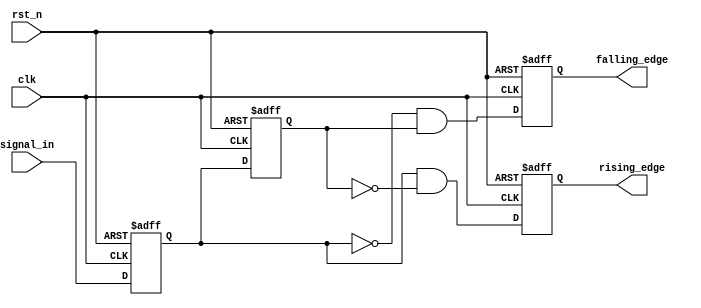
module glitch_free_edge_detector (
    input wire clk,           // Clock signal
    input wire rst_n,        // Active low reset
    input wire signal_in,     // Input signal to be monitored
    output reg rising_edge,   // Output signal for rising edge detection
    output reg falling_edge   // Output signal for falling edge detection
);

    // Memory blocks to hold current and previous states
    reg current_state;
    reg previous_state;

    // Synchronous process to capture input signal and detect edges
    always @(posedge clk or negedge rst_n) begin
        if (!rst_n) begin
            // Reset the state variables and outputs
            current_state <= 1'b0;
            previous_state <= 1'b0;
            rising_edge <= 1'b0;
            falling_edge <= 1'b0;
        end else begin
            // Update previous state to current state
            previous_state <= current_state;
            // Capture current state of the input signal
            current_state <= signal_in;

            // Detect rising and falling edges
            rising_edge <= (current_state && !previous_state);  // Rising edge condition
            falling_edge <= (!current_state && previous_state);  // Falling edge condition
        end
    end

endmodule